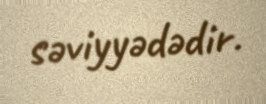
səviyyədədir.